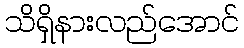
သိရှိနားလည်အောင်